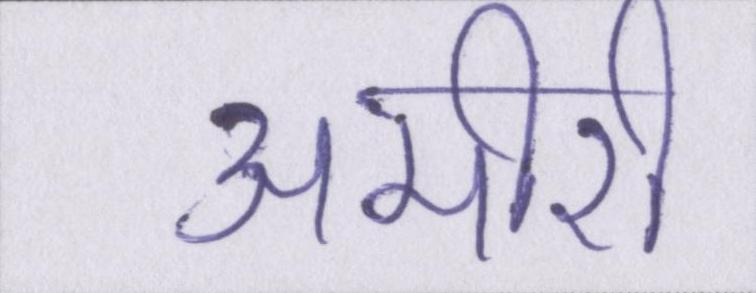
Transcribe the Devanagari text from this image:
अमीरी